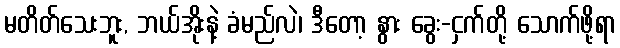
မတိတ်သေးဘူး, ဘယ်အိုးနဲ့ ခံမည်လဲ၊ ဒီတော့ နွား ခွေး-ငှက်တို့ သောက်ဖို့ရာ